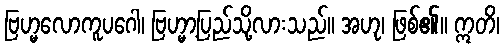
ဗြဟ္မလောကူပဂေါ၊ ဗြဟ္မာ့ပြည်သို့လားသည်။ အဟု၊ ဖြစ်၏။ ဣတိ၊